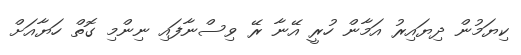
ކިޔަމުން ދިޔައިރު އަމާން ހުރީ އޭނާ ރޭ ވިސްނާފައި ނިންމި ގޮތް ހަޔާއަށް